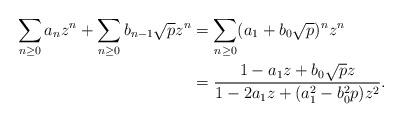
LaTeX: \begin{align*}\sum_{n\geq 0}a_nz^n + \sum_{n\geq 0} b_{n-1}\sqrt{p}z^n &= \sum_{n\geq 0} (a_1+b_0\sqrt{p})^n z^n \\ &= \dfrac{1-a_1z+b_0\sqrt{p} z}{1-2a_1 z+ (a_1^2-b_0^2 p)z^2} .\end{align*}